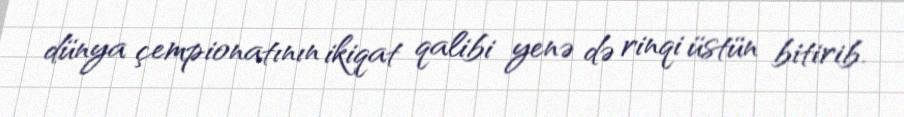
dünya çempionatının ikiqat qalibi yenə də rinqi üstün bitirib.